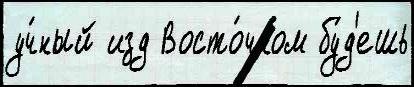
уч́ный изд Восто́чном бу́д'ешь